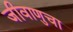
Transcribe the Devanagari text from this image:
जीवाणुचा